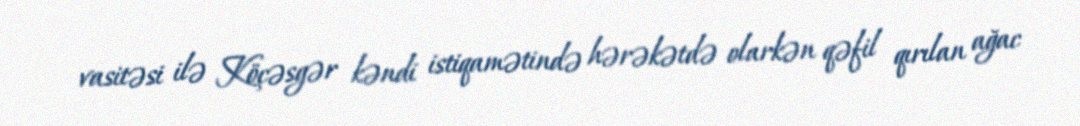
vasitəsi ilə Köçəsgər kəndi istiqamətində hərəkətdə olarkən qəfil qırılan ağac